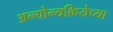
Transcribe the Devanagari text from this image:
अन्योन्यक्रियेच्या